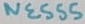
Text: NE555